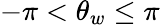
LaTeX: -\pi<\theta_{w}\leq\pi